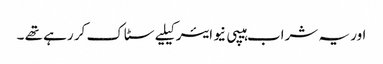
اور یہ شراب ہیپی نیو ایئر کیلیے سٹاک کر رہے تھے ۔